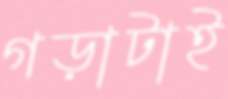
গড়াটাই